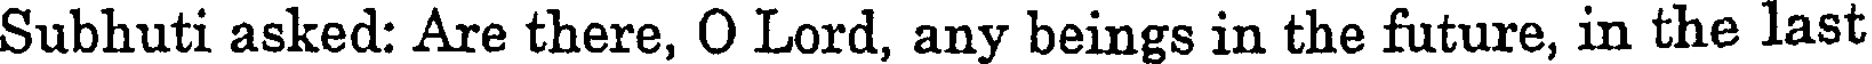
Subhuti asked: Are there, O Lord, any beings in the future, in the last